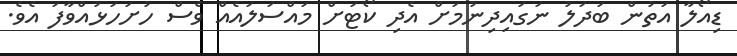
ޑިއޯލާ އަތުން ބަދަލު ނަގައިދިނުމަށް އެދި ކޯޓަށް މައްސަލައެއް ވެސް ހުށަހަޅުއްވާފަ އެވެ.